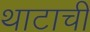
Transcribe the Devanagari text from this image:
थाटाची